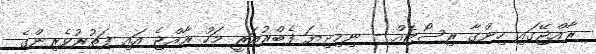
ރާއްޖޭގައި ހިންގާ ރިސޯޓެއް - ނިމިދިޔަ ފެބްރުއަރީ މަހު ރާއްޖެ އައި ފަތުރުވެރިންގެ